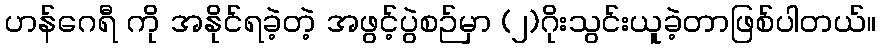
ဟန်ဂေရီ ကို အနိုင်ရခဲ့တဲ့ အဖွင့်ပွဲစဉ်မှာ (၂)ဂိုးသွင်းယူခဲ့တာဖြစ်ပါတယ်။